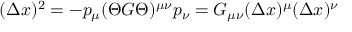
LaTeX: ( \Delta x ) ^ { 2 } = - p _ { \mu } ( \Theta G \Theta ) ^ { \mu \nu } p _ { \nu } = G _ { \mu \nu } ( \Delta x ) ^ { \mu } ( \Delta x ) ^ { \nu }